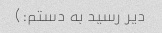
دیر رسید به دستم:)